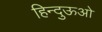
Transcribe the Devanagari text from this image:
हिन्दुऊओ